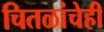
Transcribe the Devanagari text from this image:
चितळांचेही